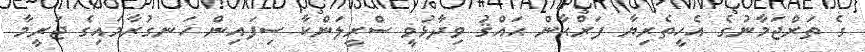
ގެ ތަރްޖަމާނުގެ އެހީތެރިޔާ ފަރްޙާން ޙައްޤު ވިދާޅުވީ ސްރީލަންކާ ސިފައިން ހަނގުރާމައިގެ ޖަރީމާ